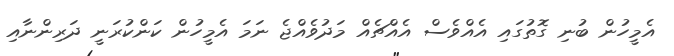
އެމީހުން ބުނި ގޮތުގައި އެއްވެސް އެއްޗެއް މަދުވެއްޖެ ނަމަ އެމީހުން ކަންކުރަނީ ދަރިންނާއި